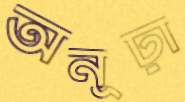
অনূঢ়া